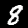
Digit: 8